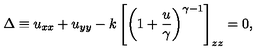
\Delta \equiv u _ { x x } + u _ { y y } - k \left[ \left( 1 + { \frac { u } { \gamma } } \right) ^ { \gamma - 1 } \right] _ { z z } = 0 ,